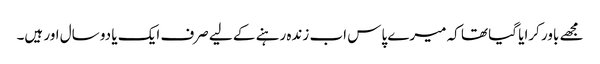
مجھے باور کرایا گیا تھا کہ میرے پاس اب زندہ رہنے کے لیے صرف ایک یا دو سال اور ہیں۔